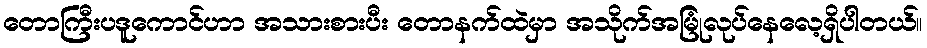
တောကြီးပဒူကောင်ဟာ အသားစားပီး တောနက်ထဲမှာ အသိုက်အမြုံလုပ်နေလေ့ရှိပါတယ်။